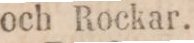
och Rockar.